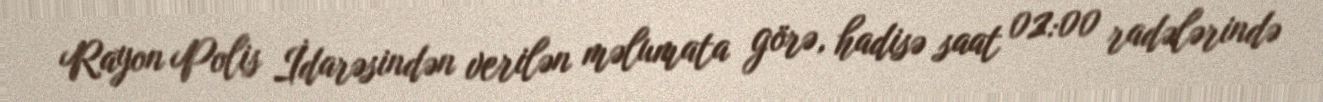
Rayon Polis İdarəsindən verilən məlumata görə, hadisə saat 02:00 radələrində